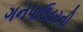
ગનપાઉડરની